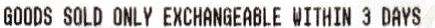
GOODS SOLD ONLY EXCHANGEABLE WITHIN 3 DAYS